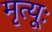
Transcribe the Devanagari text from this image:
मृत्यूः